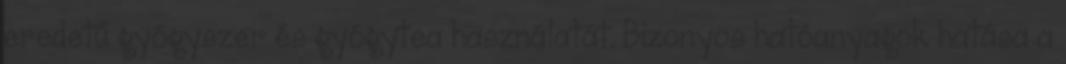
eredetű gyógyszer és gyógytea használatát. Bizonyos hatóanyagok hatása a